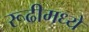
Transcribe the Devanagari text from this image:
रूढीमध्ये